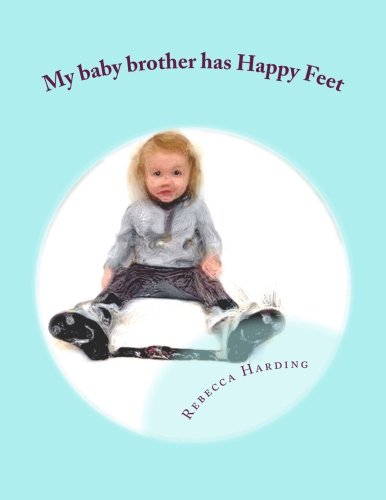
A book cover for My baby brother has Happy Feet: Clubfoot story helping older siblings to understand; Rebecca Harding; Parenting & Relationships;